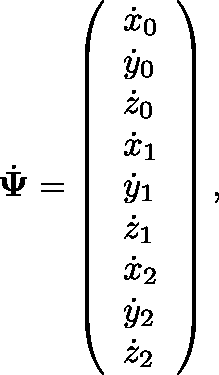
\dot { \mathbf { \Psi } } = \left( \begin{array} { l } { \dot { x } _ { 0 } } \\ { \dot { y } _ { 0 } } \\ { \dot { z } _ { 0 } } \\ { \dot { x } _ { 1 } } \\ { \dot { y } _ { 1 } } \\ { \dot { z } _ { 1 } } \\ { \dot { x } _ { 2 } } \\ { \dot { y } _ { 2 } } \\ { \dot { z } _ { 2 } } \end{array} \right) ,